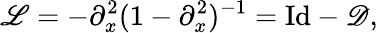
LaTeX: \mathscr{L}=-\partial_{x}^{2}(1-\partial_{x}^{2})^{-1}=\mathrm{Id}-\mathscr{D},